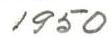
1950